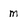
Character: M